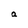
Character: a